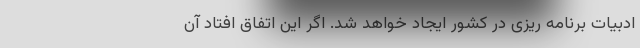
ادبیات برنامه ریزی در کشور ایجاد خواهد شد. اگر این اتفاق افتاد آن